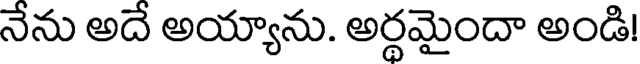
నేను అదే అయ్యాను. అర్థమైందా అండి!